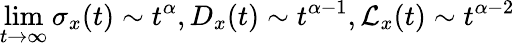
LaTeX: \operatorname*{lim}_{t\to\infty}\sigma_{x}(t)\sim t^{\alpha},D_{x}(t)\sim t^{\alpha-1},\mathcal{L}_{x}(t)\sim t^{\alpha-2}